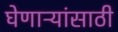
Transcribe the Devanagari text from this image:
घेणाऱ्यांसाठी